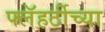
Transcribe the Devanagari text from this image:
फ्लॅहर्टीच्या